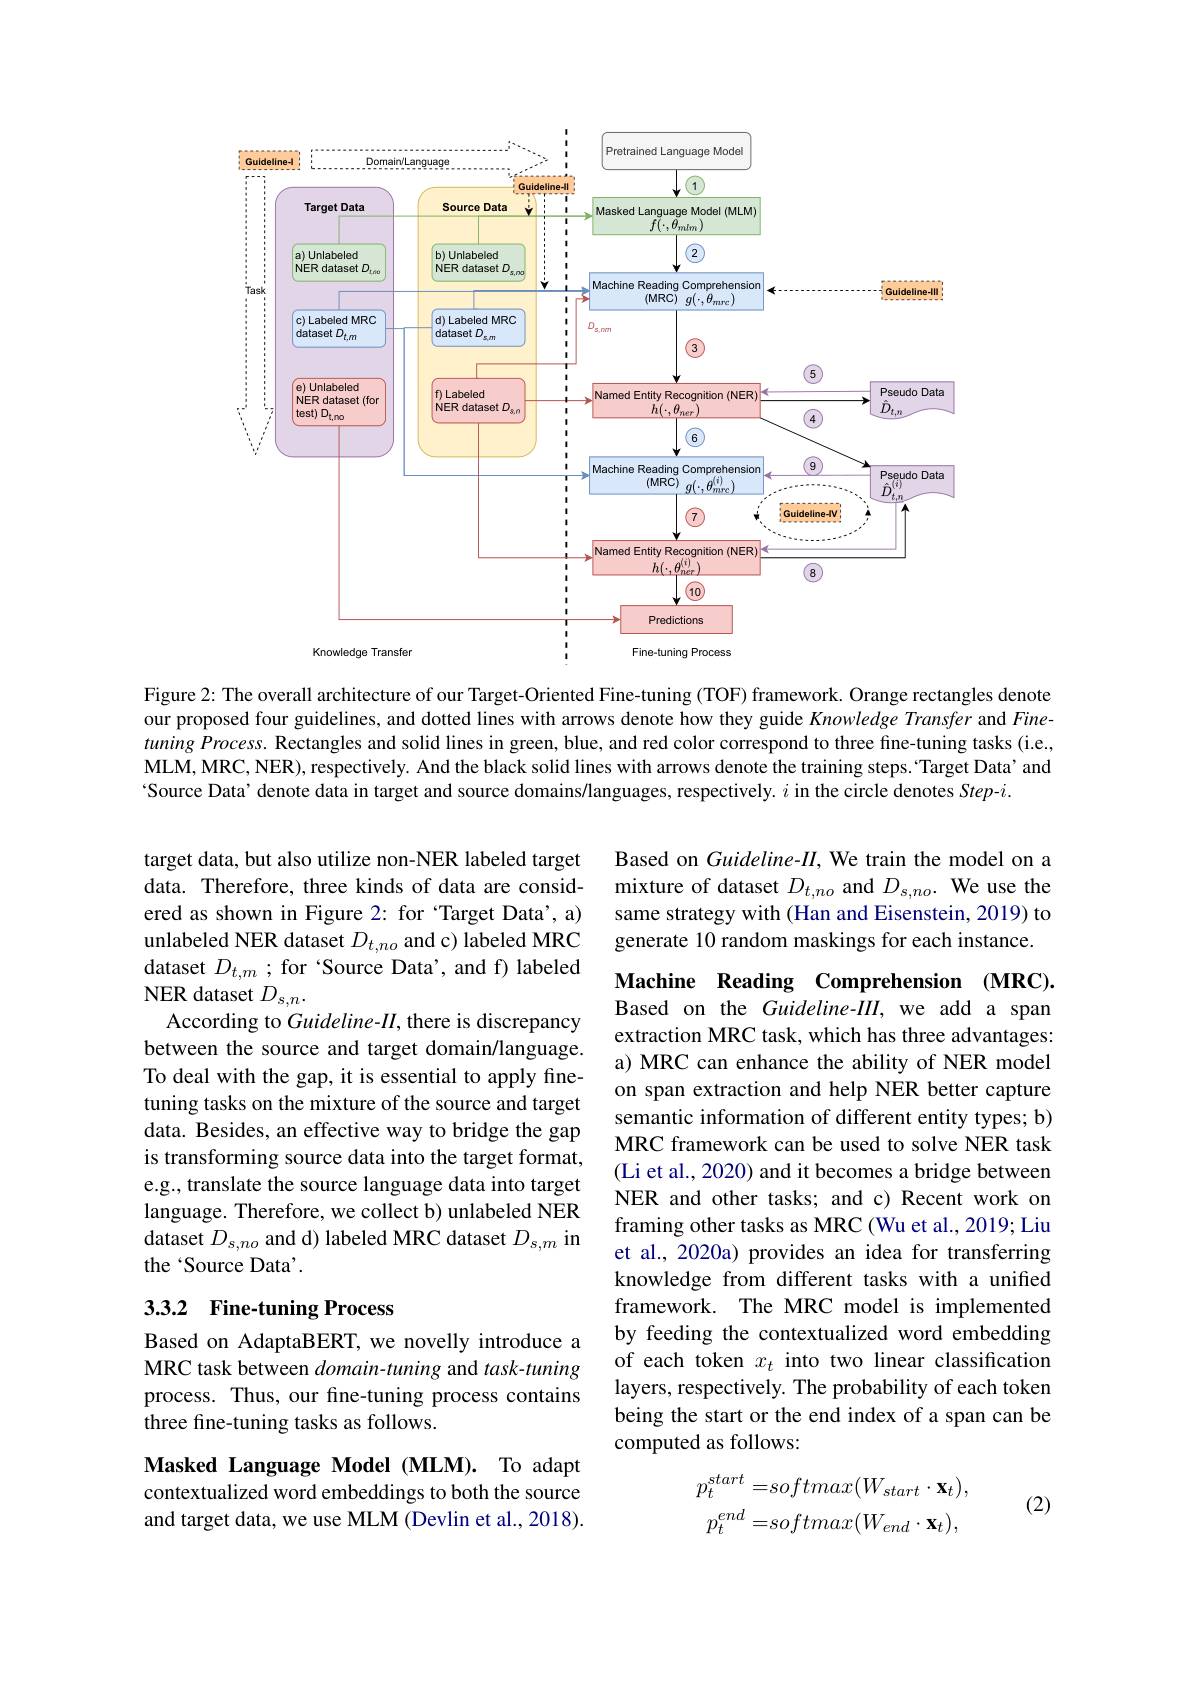
<FigureHere>

Figure 2: The overall architecture of our Target-Oriented Fine-tuning (TOF) framework. Orange rectangles denote our proposed four guidelines, and dotted lines with arrows denote how they guide Knowledge Transfer and Fine- $tuningProcess.$ Rectangles and solid lines in green, blue, and red color correspond to three fine-tuning tasks (i.e, MLM, MRC, NER), respectively. And the black solid lines with arrows denote the training steps. "Target Data’and Source Data’denote data in target and source domains/languages, respectively. $i$ in the circle denotes Step-$i.$

Based on Guideline-II, We train the model on a mixture of dataset $D_{t,no}$ and $D_{s,no}.$ We use the same strategy with (Han and Eisenstein, 2019) to generate 10 random maskings for each instance.

target data, but also utilize non-NER labeled target data. Therefore, three kinds of data are considered as shown in Figure 2: for ‘Target Data’, a) unlabeled NER dataset $D_{t,no}$ and c) labeled MRC dataset $D_{t,m}$ ; for ‘Source Data’, and f) labeled NER dataset $D_{s,n}.$
According to Guideline-II, there is discrepancy between the source and target domain/language. To deal with the gap, it is essential to apply finetuning tasks on the mixture of the source and target data. Besides, an effective way to bridge the gap is transforming source data into the target format, e.g., translate the source language data into target language. Therefore, we collect b) unlabeled NER dataset $D_{s,no}$ and d) labeled MRC dataset $D_s,m$ in the ‘Source Data’.

Machine Reading Comprehension (MRC). Based on the Guideline-III, we add a span extraction MRC task, which has three advantages: a) MRC can enhance the ability of NER model on span extraction and help NER better capture semantic information of different entity types; b) MRC framework can be used to solve NER task (Li et al., 2020) and it becomes a bridge between NER and other tasks; and c) Recent work on framing other tasks as MRC (Wu et al., 2019; Liu et al., 2020a) provides an idea for transferring knowledge from different tasks with a unified framework. The MRC model is implemented by feeding the contextualized word embedding of each token $x_t$ into two linear classification layers, respectively. The probability of each token being the start or the end index of a span can be computed as follows:

## 3.3.2 Fine-tuning Process

Based on AdaptaBERT, we novelly introduce a MRC task between domain-tuning and task-tuning process. Thus, our fine-tuning process contains three fine-tuning tasks as follows.

Masked Language Model (MLM). To adapt contextualized word embeddings to both the source and target data, we use MLM (Devlin et al., 2018).

(2)
$$p_{t}^{start}=softmax(W_{start}\cdot\mathbf{x}_{t}),\\p_{t}^{end}=softmax(W_{end}\cdot\mathbf{x}_{t}),$$